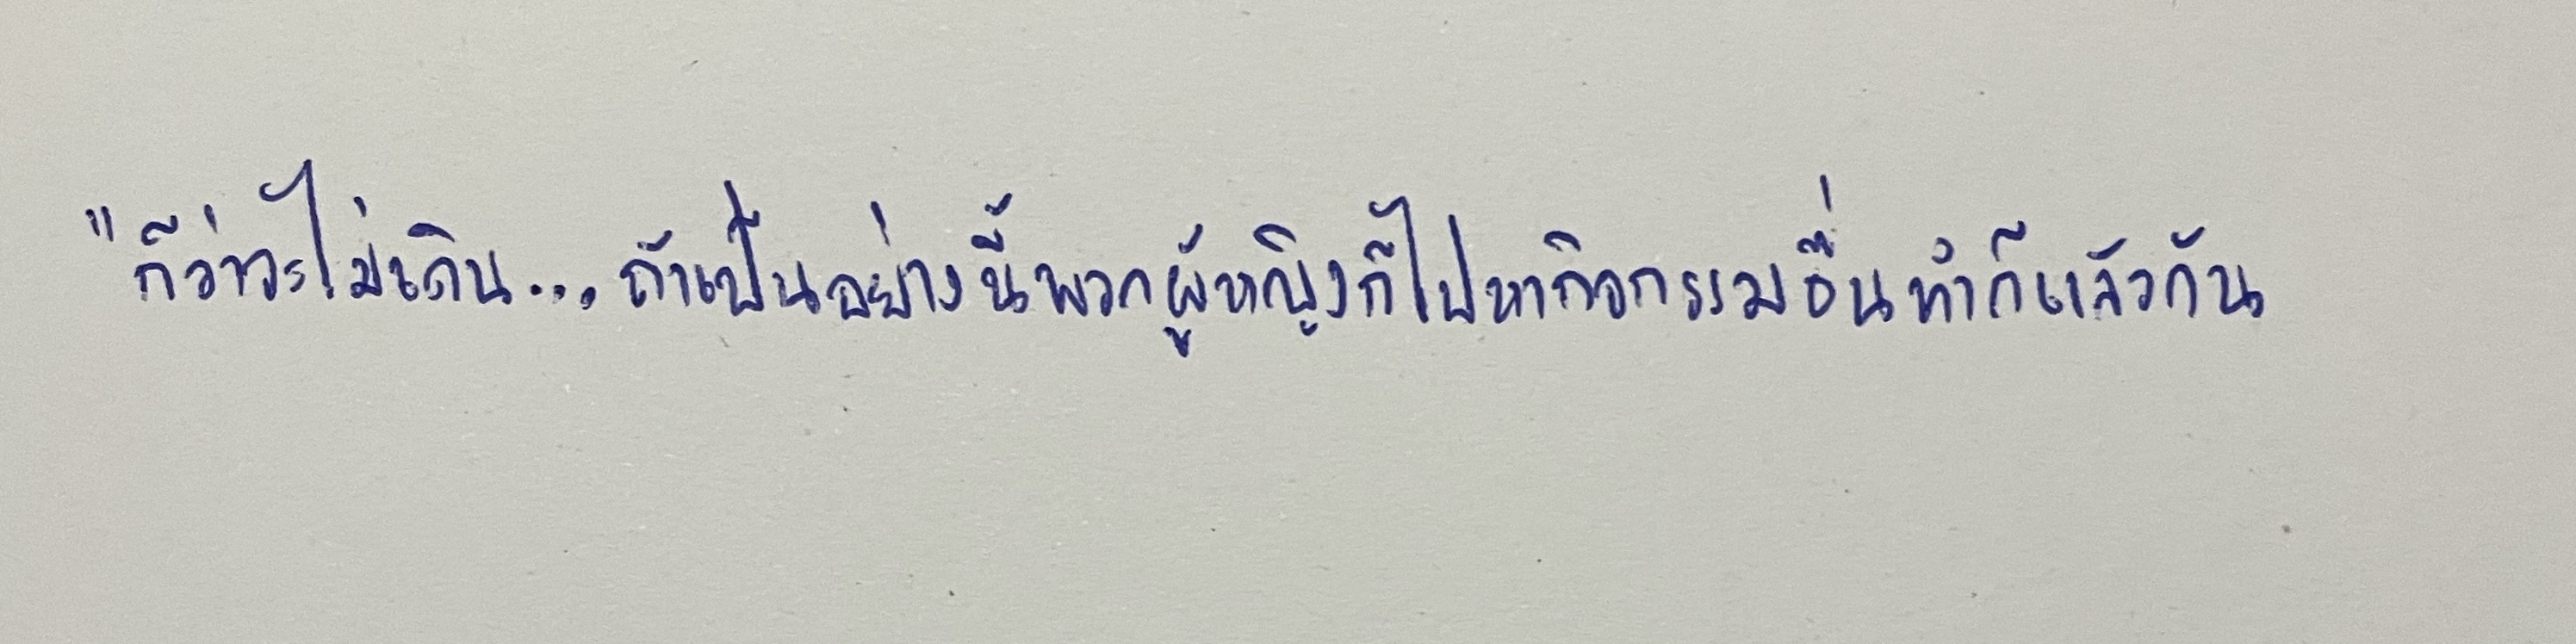
"ก็ว่าจะไม่เดิน...ถ้าเป็นอย่างนี้พวกผู้หญิงก็ไปหากิจกรรมอื่นทำก็แล้วกัน